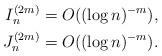
LaTeX: \begin{align*}I^{(2m)}_n&=O((\log n)^{-m}) , \\J^{(2m)}_n&=O((\log n)^{-m}) . \end{align*}